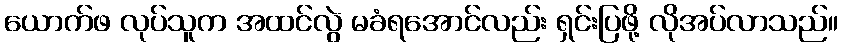
ယောက်ဖ လုပ်သူက အထင်လွဲ မခံရအောင်လည်း ရှင်းပြဖို့ လိုအပ်လာသည်။